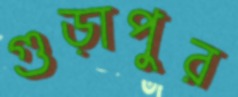
গুড়াপুর